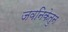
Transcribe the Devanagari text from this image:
जवनिकेतुन